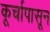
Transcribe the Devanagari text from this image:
कूर्चापासून